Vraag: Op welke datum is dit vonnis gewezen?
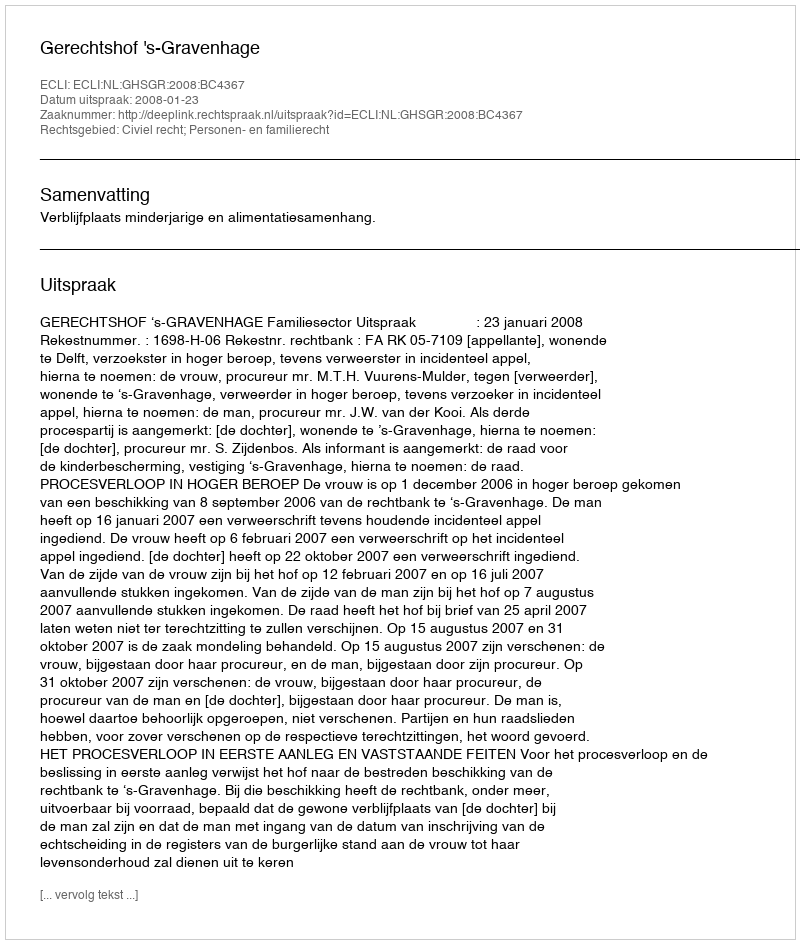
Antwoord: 2008-01-23